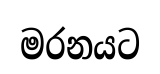
මරනයට